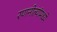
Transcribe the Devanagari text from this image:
रणनीत्यांमध्ये